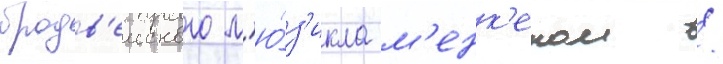
бродв'еиского м'ю́з'икла м'енк'еном /